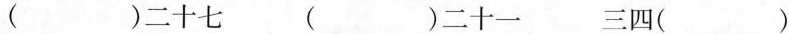
()二十七 ()二十一 三四()